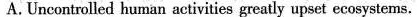
A.Uncontrolled human activities greatil upset ecosystems.